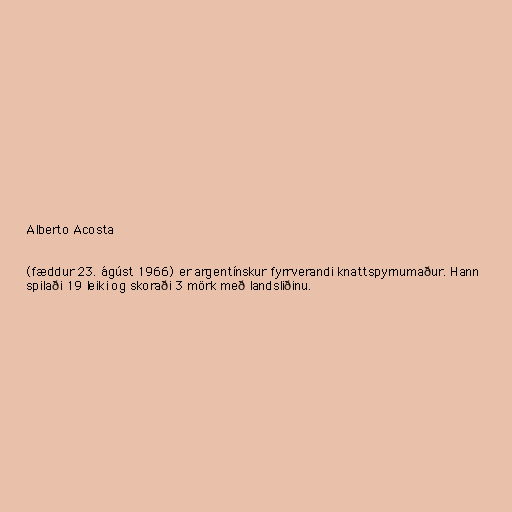
Alberto Acosta

(fæddur 23. ágúst 1966) er argentínskur fyrrverandi knattspyrnumaður. Hann
spilaði 19 leiki og skoraði 3 mörk með landsliðinu.